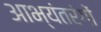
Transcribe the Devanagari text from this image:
आभ्यंतरंगों